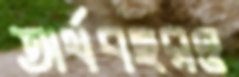
অর্থবছরও